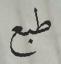
طبع